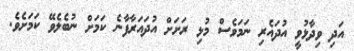
އަދި ވިދާޅުވީ އުދައެރި ނަމަވެސް މުޅި ރަށަށް އުދައަރާފާނެ ކަމަށް ނުބެލެވޭ ކަމަށެވެ.